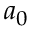
a _ { 0 }